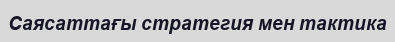
Саясаттағы стратегия мен тактика